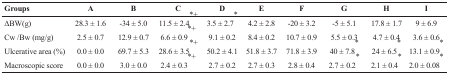
| Groups | A | B | C *+ | D * | E | F | G | H | I |
 | --- | --- | --- | --- | --- | --- | --- | --- | --- | --- |
 | ΔBW(g) | 28.3 ± 1.6 | -34 ± 5.0 | 11.5 ± 2.4*+ | 3.5 ± 2.7 | 4.2 ± 2.8 | -20 ± 3.2 | -5 ± 5.1 | 17.8 ± 1.7 | 9 ± 6.9 |
 | Cw /Bw (mg/g) | 2.5 ± 0.7 | 12.9 ± 0.7 | 6.6 ± 0.9*+ | 9.1 ± 0.2 | 8.4 ± 0.2 | 10.7 ± 0.9 | 5.5 ± 0.3* | 4.7 ± 0.4* | 3.6 ± 0.6* |
 | Ulcerative area (%) | 0.0 ± 0.0 | 69.7 ± 5.3 | 28.6 ± 3.5*+ | 50.2 ± 4.1 | 51.8 ± 3.7 | 71.8 ± 3.9 | 40 ± 7.8* | 24 ± 6.5* | 13.1 ± 0.9* |
 | Macroscopic score | 0.0 ± 0.0 | 3.0 ± 0.0 | 2.4 ± 0.3 | 2.7 ± 0.2 | 2.7 ± 0.3 | 2.8 ± 0.4 | 2.7 ± 0.2 | 2.1 ± 0.4 | 2.0 ± 0.08 |